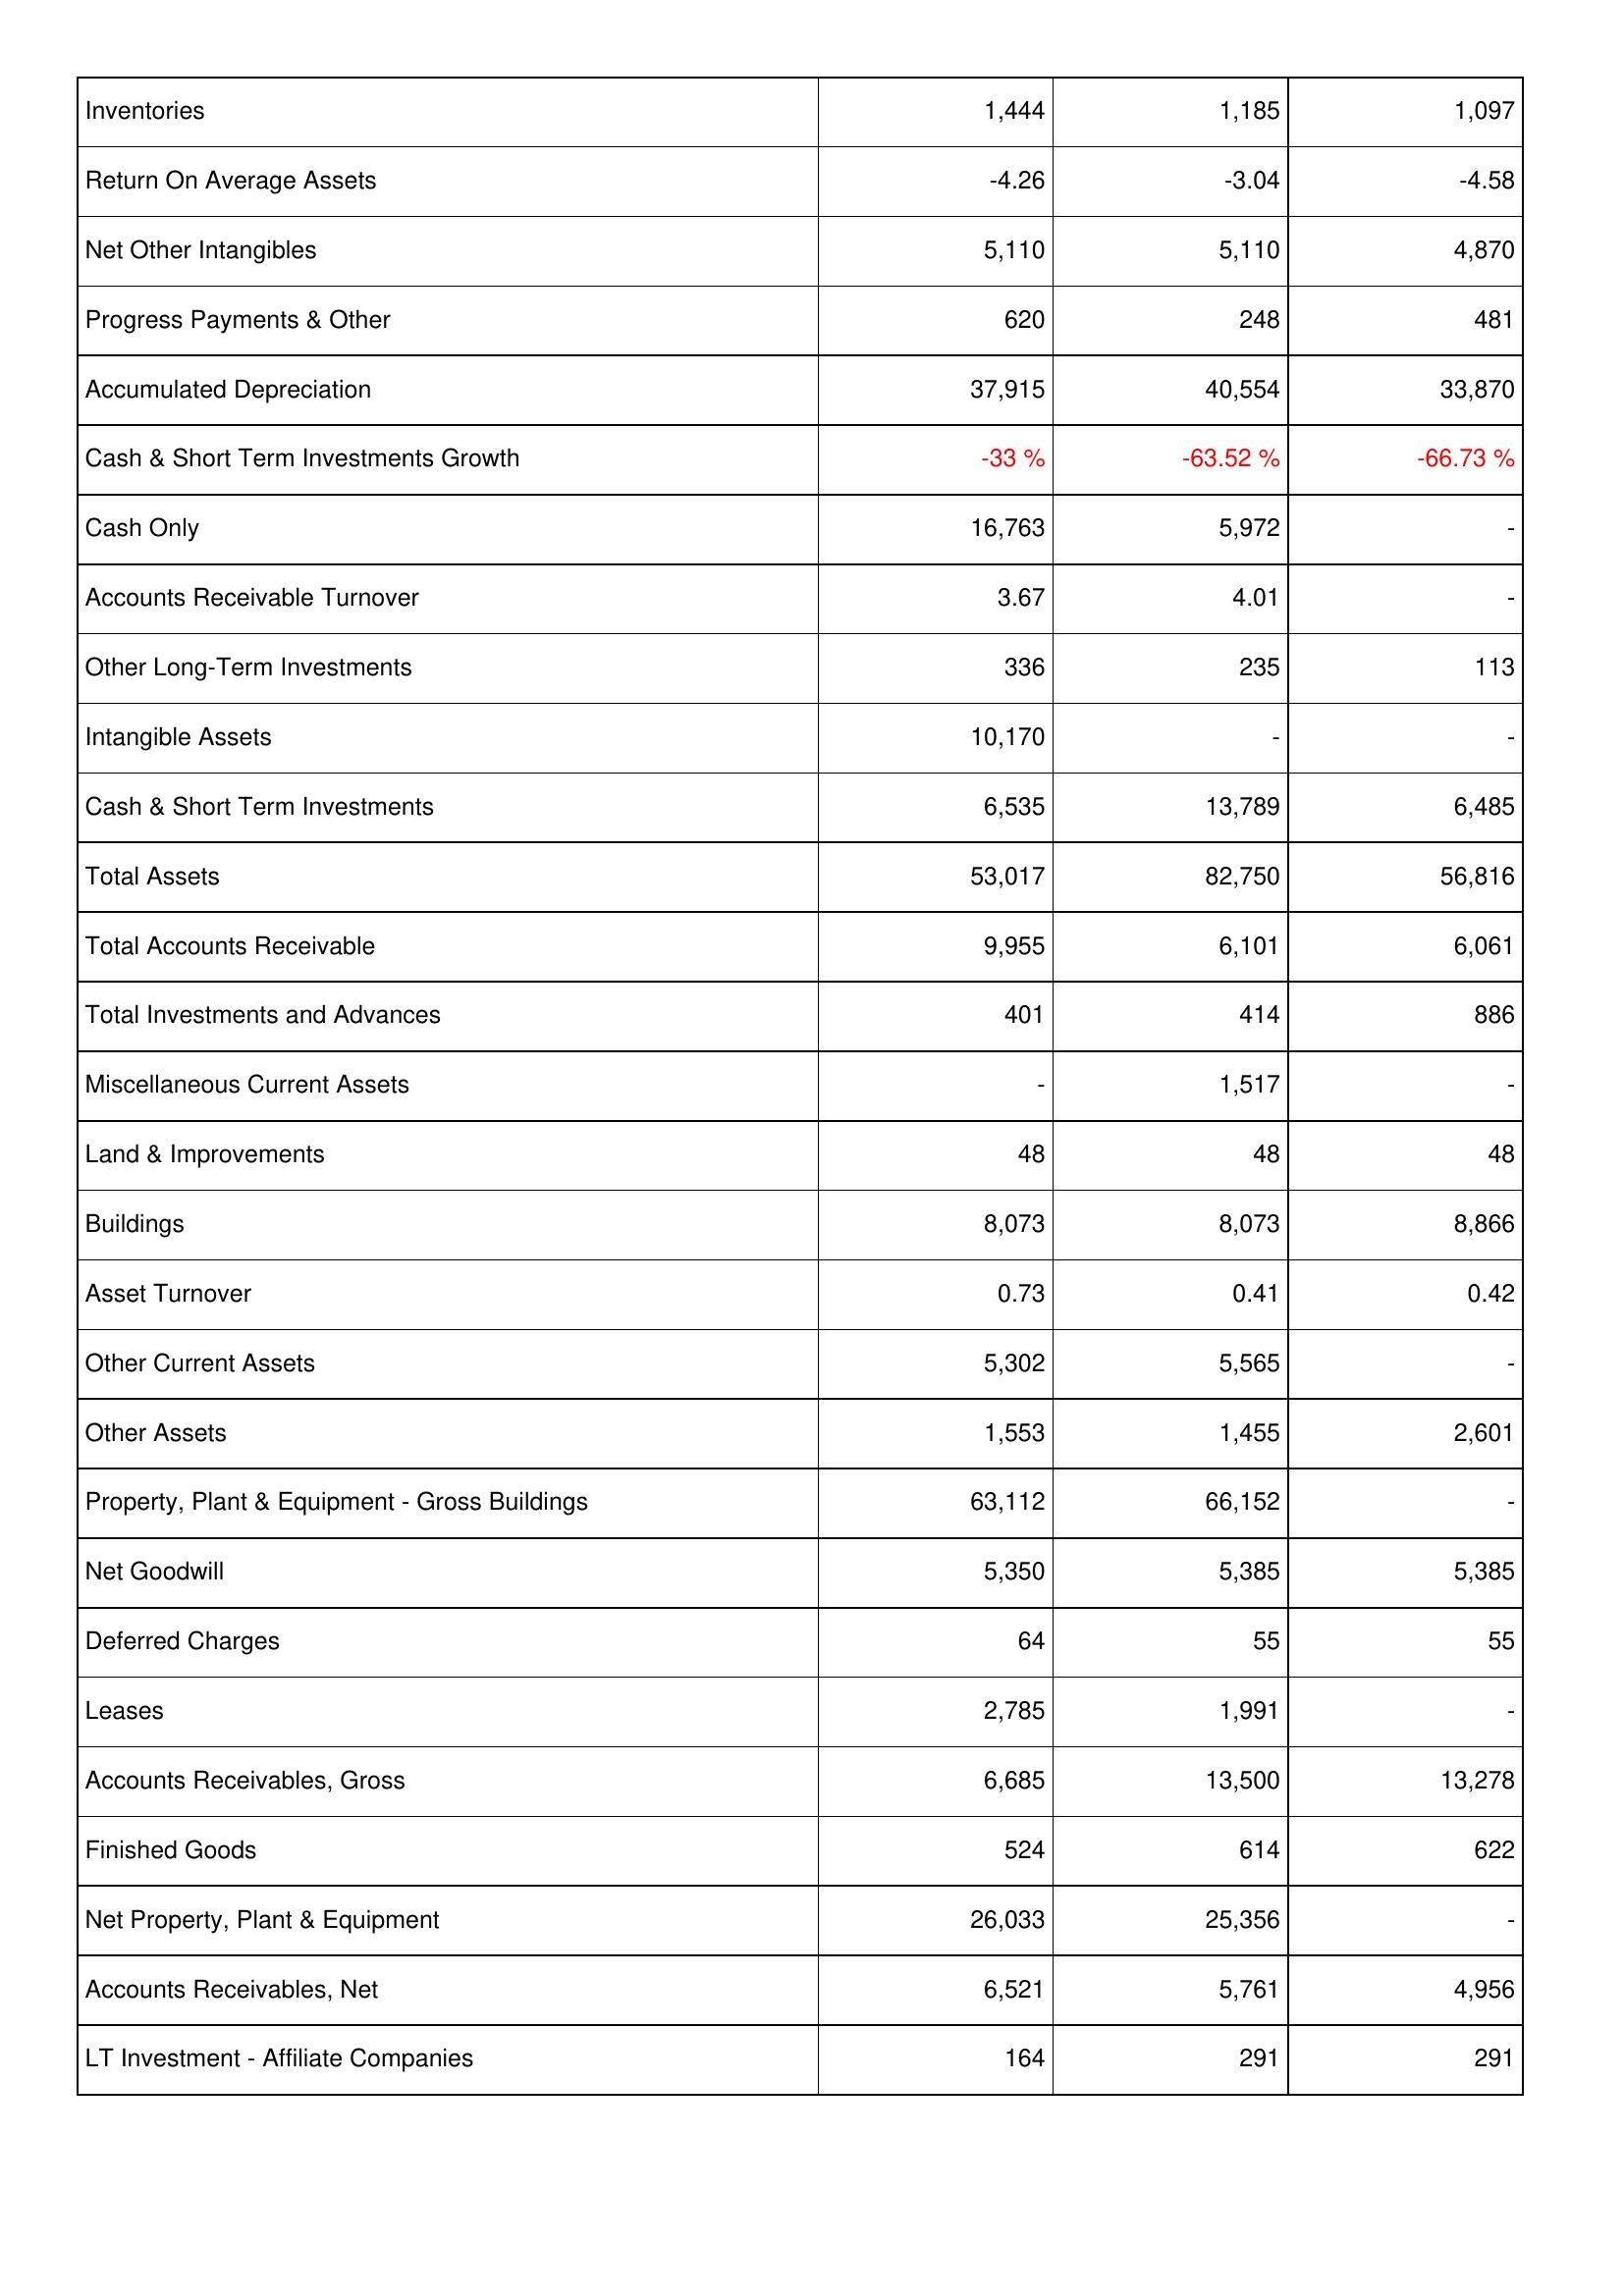
2019: Assets: Inventories: 1,444
Return On Average Assets: -4.26
Net Other Intangibles: 5,110
Progress Payments & Other: 620
Accumulated Depreciation: 37,915
Cash & Short Term Investments Growth: -33 %
Cash Only: 16,763
Accounts Receivable Turnover: 3.67
Other Long-Term Investments: 336
Intangible Assets: 10,170
Cash & Short Term Investments: 6,535
Total Assets: 53,017
Total Accounts Receivable: 9,955
Total Investments and Advances: 401
Miscellaneous Current Assets: -
Land & Improvements: 48
Buildings: 8,073
Asset Turnover: 0.73
Other Current Assets: 5,302
Other Assets: 1,553
Property, Plant & Equipment - Gross Buildings: 63,112
Net Goodwill: 5,350
Deferred Charges: 64
Leases: 2,785
Accounts Receivables, Gross: 6,685
Finished Goods: 524
Net Property, Plant & Equipment: 26,033
Accounts Receivables, Net: 6,521
LT Investment - Affiliate Companies: 164
2018: Assets: Inventories: 1,185
Return On Average Assets: -3.04
Net Other Intangibles: 5,110
Progress Payments & Other: 248
Accumulated Depreciation: 40,554
Cash & Short Term Investments Growth: -63.52 %
Cash Only: 5,972
Accounts Receivable Turnover: 4.01
Other Long-Term Investments: 235
Intangible Assets: -
Cash & Short Term Investments: 13,789
Total Assets: 82,750
Total Accounts Receivable: 6,101
Total Investments and Advances: 414
Miscellaneous Current Assets: 1,517
Land & Improvements: 48
Buildings: 8,073
Asset Turnover: 0.41
Other Current Assets: 5,565
Other Assets: 1,455
Property, Plant & Equipment - Gross Buildings: 66,152
Net Goodwill: 5,385
Deferred Charges: 55
Leases: 1,991
Accounts Receivables, Gross: 13,500
Finished Goods: 614
Net Property, Plant & Equipment: 25,356
Accounts Receivables, Net: 5,761
LT Investment - Affiliate Companies: 291
2017: Assets: Inventories: 1,097
Return On Average Assets: -4.58
Net Other Intangibles: 4,870
Progress Payments & Other: 481
Accumulated Depreciation: 33,870
Cash & Short Term Investments Growth: -66.73 %
Cash Only: -
Accounts Receivable Turnover: -
Other Long-Term Investments: 113
Intangible Assets: -
Cash & Short Term Investments: 6,485
Total Assets: 56,816
Total Accounts Receivable: 6,061
Total Investments and Advances: 886
Miscellaneous Current Assets: -
Land & Improvements: 48
Buildings: 8,866
Asset Turnover: 0.42
Other Current Assets: -
Other Assets: 2,601
Property, Plant & Equipment - Gross Buildings: -
Net Goodwill: 5,385
Deferred Charges: 55
Leases: -
Accounts Receivables, Gross: 13,278
Finished Goods: 622
Net Property, Plant & Equipment: -
Accounts Receivables, Net: 4,956
LT Investment - Affiliate Companies: 291